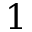
1